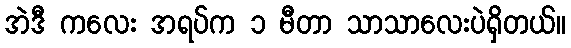
အဲဒီ ကလေး အရပ်က ၁ မီတာ သာသာလေးပဲရှိတယ်။